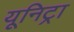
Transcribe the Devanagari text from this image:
यूनिट्रा